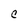
Character: C